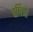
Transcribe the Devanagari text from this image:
घर्षित्रों